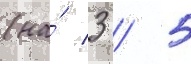
(на́ 3 / 5